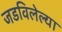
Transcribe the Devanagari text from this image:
जडविलेल्या